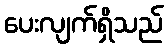
ပေးလျက်ရှိသည်